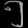
Digit: ၅